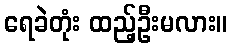
ရေခဲတုံး ထည့်ဦးမလား။